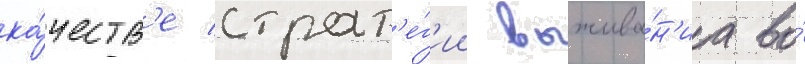
ка́честв'е страт'е́г'ии выжива́н'иа во́